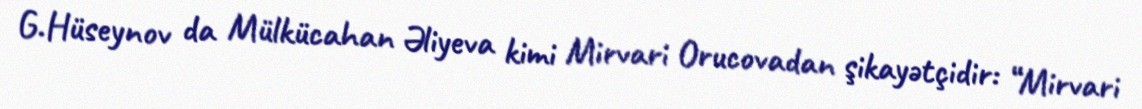
G.Hüseynov da Mülkücahan Əliyeva kimi Mirvari Orucovadan şikayətçidir: “Mirvari